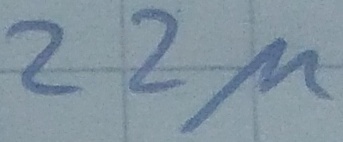
Text: 22µ